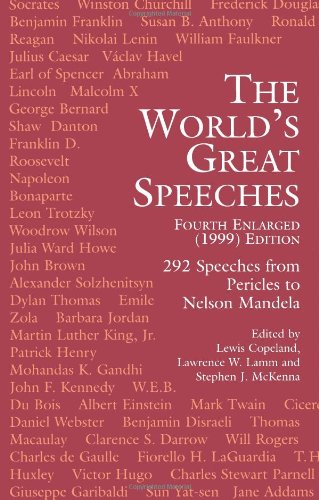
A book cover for The World's Great Speeches: Fourth Enlarged (1999) Edition; Literature & Fiction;